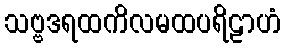
သဗ္ဗဒရထကိလမထပရိဠာဟံ